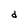
Character: d